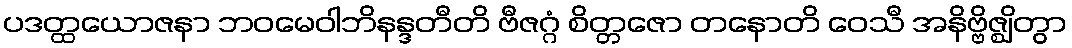
ပဒတ္ထယောဇနာ ဘဝမေဝါဘိနန္ဒတီတိ ဗီဇဂ္ဂံ စိတ္တဇော တနောတိ ဝေသီ အနိဗ္ဗိဇ္ဈိတွာ